Vaccine operations Central Provinces 1900-1911 - 1900-1911
Year: 1900
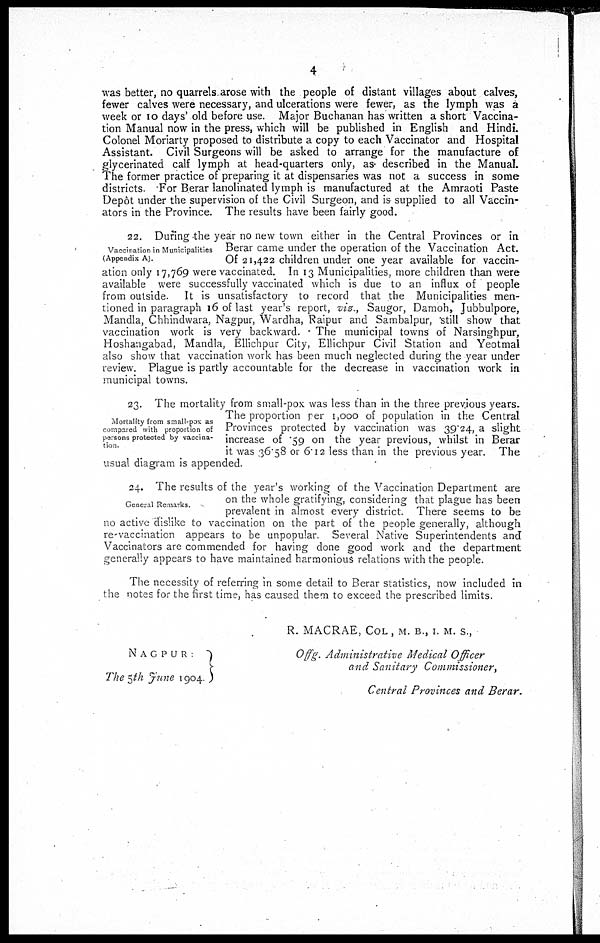
4
was better, no quarrels arose with the people of distant villages about calves,
fewer calves were necessary, and ulcerations were fewer, as the lymph was a
week or 10 days' old before use. Major Buchanan has written a short Vaccina-
tion Manual now in the press, which will be published in English and Hindi.
Colonel Moriarty proposed to distribute a copy to each Vaccinator and Hospital
Assistant. Civil Surgeons will be asked to arrange for the manufacture of
glycerinated calf lymph at head-quarters only, as. described in the Manual.
The former practice of preparing it at dispensaries was not a success in some
districts. For Berar lanolinated lymph is manufactured at the Amraoti Paste
Depôt under the supervision of the Civil Surgeon, and is supplied to all Vaccin-
ators in the Province. The results have been fairly good.
Vaccination in Municipalities
(Appendix A).
22. During the year no new town either in the Central Provinces or in
Berar came under the operation of the Vaccination Act.
Of 21,422 children under one year available for vaccin-
ation only 17,769 were vaccinated. In 13 Municipalities, more children than were
available were successfully vaccinated which is due to an influx of people
from outside. It is unsatisfactory to record that the Municipalities men-
tioned in paragraph 16 of last year's report, viz., Saugor, Damoh, Jubbulpore,
Mandla, Chhindwara, Nagpur, Wardha, Raipur and Sambalpur, still show that
vaccination work is very backward. The municipal towns of Narsinghpur,
Hoshangabad, Mandla, Ellichpur City, Ellichpur Civil Station and Yeotmal
also show that vaccination work has been much neglected during the year under
review. Plague is partly accountable for the decrease in vaccination work in
municipal towns.
Mortality from small-pox as
compared with proportion of
persons protected by vaccina-
tion
23. The mortality from small-pox was less than in the three previous years.
The proportion per 1,000 of population in the Central
Provinces protected by vaccination was 39.24, a slight
increase of .59 on the year previous, whilst in Berar
it was 36.58 or 6.12 less than in the previous year. The
usual diagram is appended.
General Remarks
24. The results of the year's working of the Vaccination Department are
on the whole gratifying, considering that plague has been
prevalent in almost every district. There seems to be
no active dislike to vaccination on the part of the people generally, although
re-vaccination appears to be unpopular. Several Native Superintendents and
Vaccinators are commended for having done good work and the department
generally appears to have maintained harmonious relations with the people.
The necessity of referring in some detail to Berar statistics, now included in
the notes for the first time, has caused them to exceed the prescribed limits.
NAGPUR
The 5th June 1904.
R. MACRAE, COL , M. B., I. M. S.,
Offg. Administrative Medical Officer
and Sanitary Commissioner,
Central Provinces and Berar.